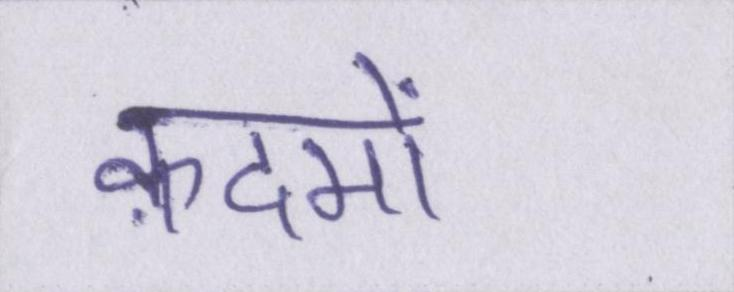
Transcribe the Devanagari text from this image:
क़दमों